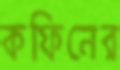
কফিনের